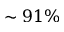
\sim 9 1 \%